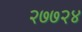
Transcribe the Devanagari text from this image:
२७७२४